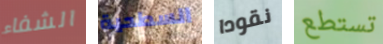
الشفاء السطحية نقودا تستطع